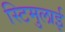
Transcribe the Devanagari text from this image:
स्टिमुलाई